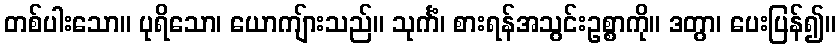
တစ်ပါးသော။ ပုရိသော၊ ယောကျ်ားသည်။ သုင်္ကံ၊ စားရန်အသွင်းဥစ္စာကို။ ဒတွာ၊ ပေးပြန်၍။